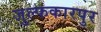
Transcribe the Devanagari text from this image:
जुल्फकारपुर